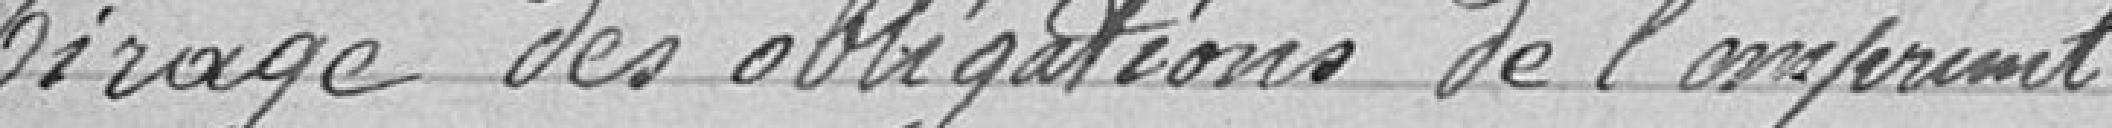
Tirage des obligations de l'emprunt